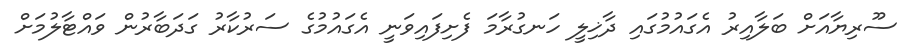
ސޫރިޔާއަށް ބަލާއިރު އެގައުމުގައި ދާޚިލީ ހަނގުރާމަ ފެށިފައިވަނީ އެގައުމުގެ ސަރުކާރު ގަދަބާރުން ވައްޓާލުމަށް